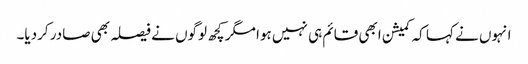
انہوں نے کہا کہ کمیشن ابھی قائم ہی نہیں ہوا مگر کچھ لوگوں نے فیصلہ بھی صادر کردیا۔